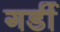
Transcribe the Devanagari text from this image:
गर्डी